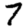
Digit: 7